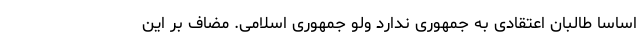
اساساً طالبان اعتقادی به جمهوری ندارد ولو جمهوری اسلامی. مضاف بر این